Scientific memoirs by medical officers of the Army of India - Part III,
Year: 1887
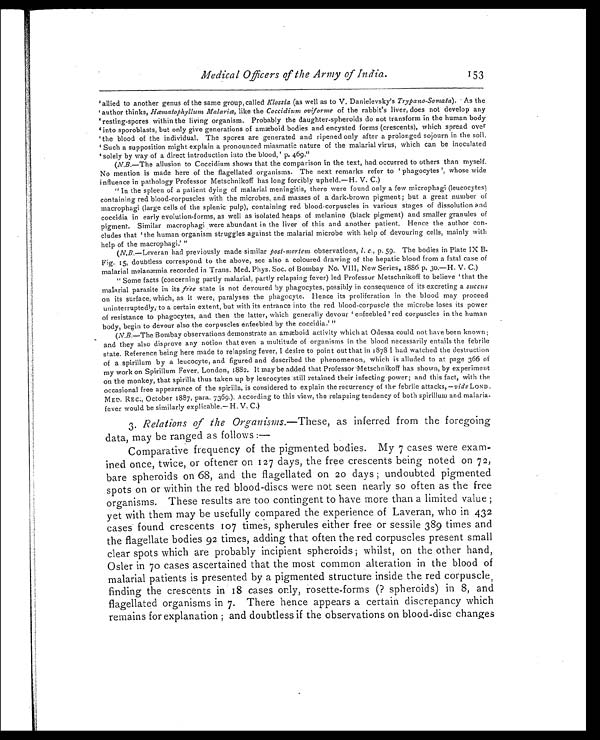
Medical Officers of the Army of India.
153
‘allied to another genus of the same group, called Klossia (as well as to V. Danielevsky’s Trypano-Somata ). As the
‘ a u t h o r t h i n k s , H œ m a t o p h y l l u m M a l a r i œ ,l
i k e t h eC
o c c i d i u m o v i f o r m e
o f t h e r a b b i t ’ s l i v e r , d o e s n o t d e v e l o p a n y
‘resting-spores within the living organism. Probably the daughter-spheroids do not transform in the human body
‘into sporoblasts, but only give generations of amæboid bodies and encysted forms (crescents), which spread over
‘the blood of the individual. The spores are generated and ripened only after a prolonged sojourn in the soil.
‘Such a supposition might explain a pronounced miasmatic nature of the malarial virus, which can be inoculated
‘ s o l e l y b y w a y o f a d i r e c t i n t r o d u c t i o n i n t o t h e b l o o d , ’ p . 4 6 9 . ”
(N.B. —The allusion to Coccidium shows that the comparison in the text, had occurred to others than myself.
No mention is made here of the flagellated organisms. The next remarks refer to ‘p h a g o c y t e s ’ , w h o s e w i d e
influence in pathology Professor Metschnikoff has long forcibly upheld.—H. V. C.)
“ In the spleen of a patient dying of malarial meningitis, there were found only a few microphagi (leucocytes)
containing red blood-corpuscles with the microbes, and masses of a dark-brown pigment ; but a great number of
macrophagi (large cells of the splenic pulp), containing red blood-corpuscles in various stages of dissolution and
coccidia in early evolution-forms, as well as isolated heaps of melanine (black pigment) and smaller granules of
pigment. Similar macrophagi were abundant in the liver of this and another patient. Hence the author con-
cludes that ‘t h e h u m a n o r g a n i s m s t r u g g l e s a g a i n s t t h e m a l a r i a l m i c r o b e w i t h h e l p o f d e v o u r i n g c e l l s , m a i n l y w i t h
help of the macrophagi.’ ”
( N.B. —Leveran had previously made similar post-mortem observations, l. c., p. 59. The bodies in Plate IX B.
Fig. 15, doubtless correspond to the above, see also a coloured drawing of the hepatic blood from a fatal case of
malarial melanæmia recorded in Trans. Med. Phys. Soc. of Bombay No. VIII, New Series, 1886 p. 30.—H. V. C.)
“ Some facts (concerning partly malarial, partly relapsing fever) led Professor Metschnikoff to believe ‘ that the
malarial parasite in its free state is not devoured by phagocytes, possibly in consequence of its excreting a succus
on its surface, which, as it were, paralyses the phagocyte. Hence its proliferation in the blood may proceed
uninterruptedly, to a certain extent, but with its entrance into the red blood-corpuscle the microbe loses its power
of resistance to phagocytes, and then the latter, which generally devour ‘ enfeebled ’ red corpuscles in the human
body, begin to devour also the corpuscles enfeebled by the coccidia.’ ”
(N.B. —The Bombay observations demonstrate an amæboid activity which at Odessa could not have been known ;
and they also disprove any notion that even a multitude of organisms in the blood necessarily entails the febrile
state. Reference being here made to relapsing fever, I desire to point out that in 1878 I had watched the destruction
of a spirillum by a leucocyte, and figured and described the phenomenon, which is alluded to at page 366 of
my work on Spirillum Fever, London, 1882. It may be added that Professor Metschnikoff has shown, by experiment
on the monkey, that spirilla thus taken up by leucocytes still retained their infecting power ; and this fact, with the
occasional free appearance of the spirilla, is considered to explain the recurrency of the febrile attacks,— vide L O N D .
MED. REC., October 1887, para. 7369.). According to this view, the relapsing tendency of both spirillum and malaria-
fever would be similarly explicable.— H. V. C.)
3. Relations of the Organisms. —These, as inferred from the foregoing
data, may be ranged as follows :
—
Comparative frequency of the pigmented bodies. My 7 cases were
e x a m - i n e d o n c e , t w i c e , o r o f t e n e r o n 1 2 7 d a y s , t h e f r e e c r e s c e n t s b e i n g n o t e d o n 7 2 ,
bare spheroids on 68, and the flagellated on 20 days ; undoubted pigmented
spots on or within the red blood-discs were not seen nearly so often as the free
organisms. These results are too contingent to have more than a limited value ;
yet with them may be usefully compared the experience of Laveran, who in 432
cases found crescents 107 times, spherules either free or sessile 389 times and
the flagellate bodies 92 times, adding that often the red corpuscles present small
clear spots which are probably incipient spheroids ; whilst, on the other hand,
Osler in 70 cases ascertained that the most common alteration in the blood of
malarial patients is presented by a pigmented structure inside the red corpuscle,
finding the crescents in 18 cases only, rosette-forms (? spheroids) in 8, and
flagellated organisms in 7. There hence appears a certain discrepancy which
remains for explanation ; and doubtless if the observations on blood-disc changes